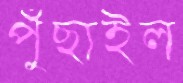
পুঁছাইল